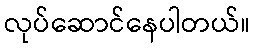
လုပ်ဆောင်နေပါတယ်။